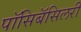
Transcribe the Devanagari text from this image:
पॉसिबॅसिलरी